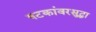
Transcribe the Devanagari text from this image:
षटकांवरसुद्धा